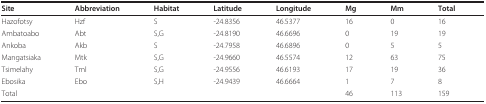
<table><thead><tr><td><b>Site</b></td><td><b>Abbreviation</b></td><td><b>Habitat</b></td><td><b>Latitude</b></td><td><b>Longitude</b></td><td><b>Mg</b></td><td><b>Mm</b></td><td><b>Total</b></td></tr></thead><tbody><tr><td>Hazofotsy</td><td>Hzf</td><td>S</td><td>-24.8356</td><td>46.5377</td><td>16</td><td>0</td><td>16</td></tr><tr><td>Ambatoabo</td><td>Abt</td><td>S,G</td><td>-24.8190</td><td>46.6696</td><td>0</td><td>19</td><td>19</td></tr><tr><td>Ankoba</td><td>Akb</td><td>S</td><td>-24.7958</td><td>46.6896</td><td>0</td><td>5</td><td>5</td></tr><tr><td>Mangatsiaka</td><td>Mtk</td><td>S,G</td><td>-24.9660</td><td>46.5574</td><td>12</td><td>63</td><td>75</td></tr><tr><td>Tsimelahy</td><td>Tml</td><td>S,G</td><td>-24.9556</td><td>46.6193</td><td>17</td><td>19</td><td>36</td></tr><tr><td>Ebosika</td><td>Ebo</td><td>S,H</td><td>-24.9439</td><td>46.6664</td><td>1</td><td>7</td><td>8</td></tr><tr><td>Total</td><td></td><td></td><td></td><td></td><td>46</td><td>113</td><td>159</td></tr></tbody></table>